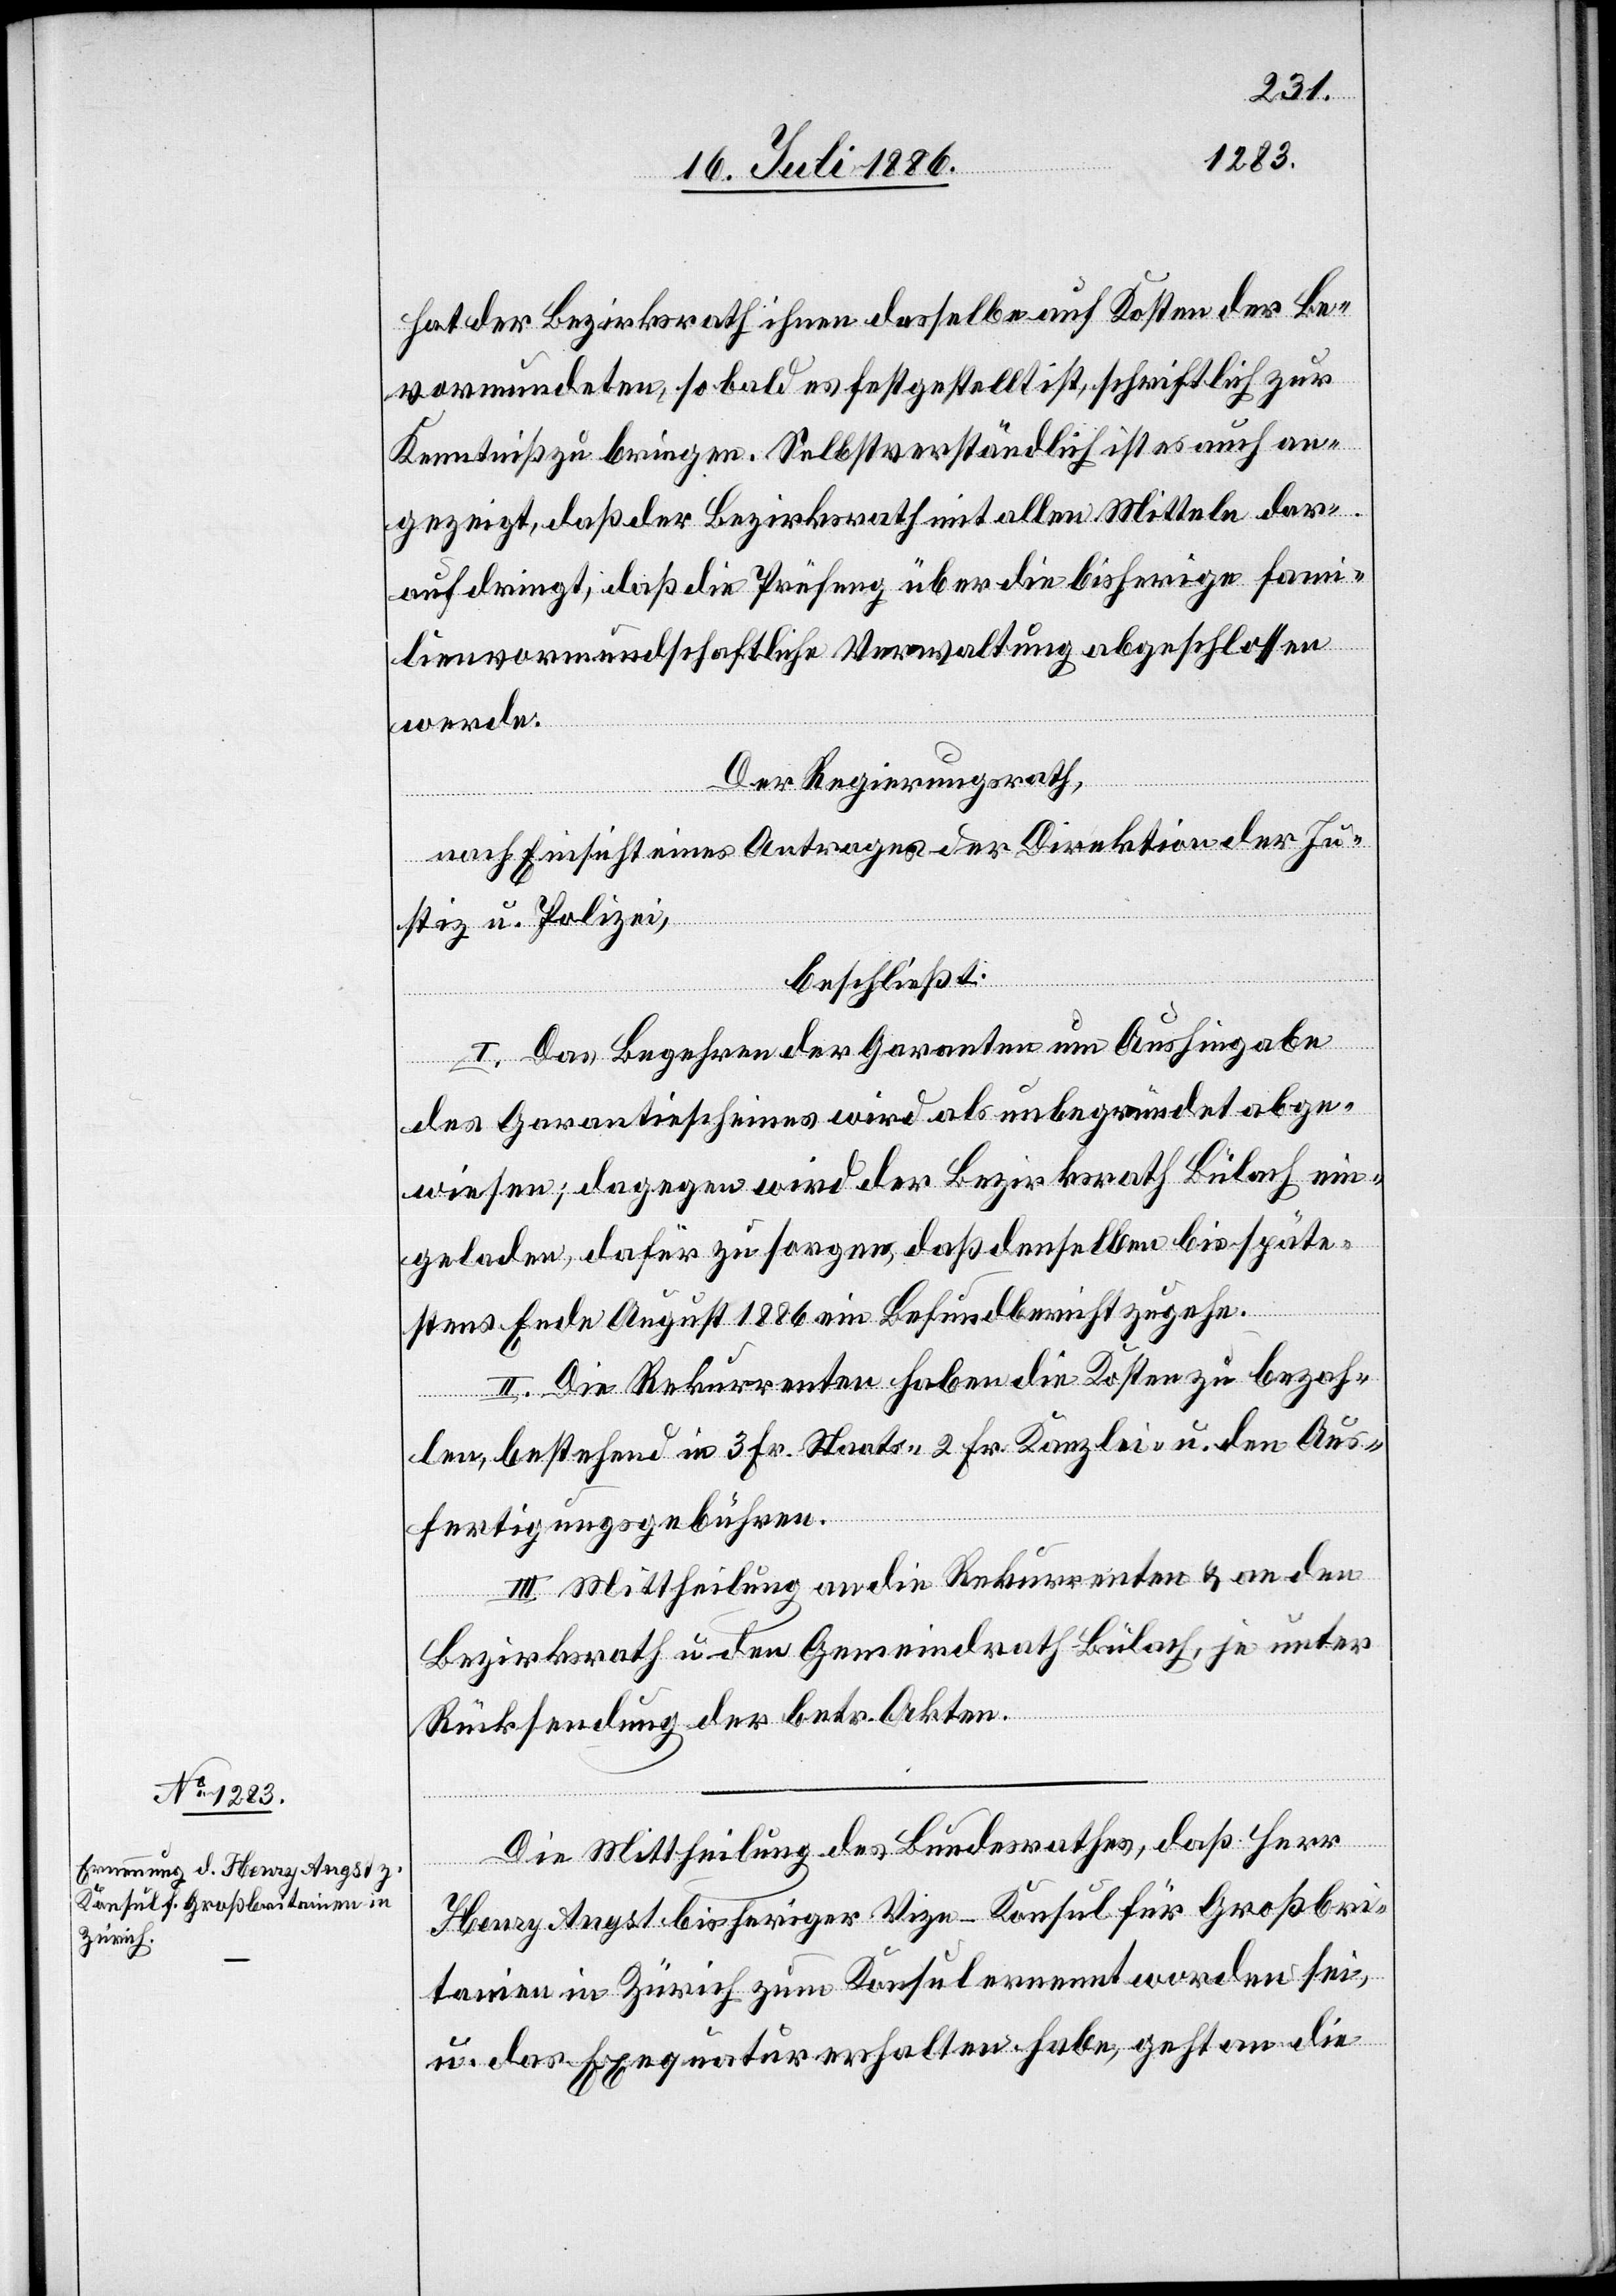
hat der Bezirksrath ihnen dasselbe auf Kosten der Be¬
vormundeten, sobald es festgestellt ist, schriftlich zur
Kenntniß zu bringen. Selbstverständlich ist es auch an¬
gezeigt, daß der Bezirksrath mit allen Mitteln dar¬
auf dringt, daß die Prüfung über die bisherige fam¬
ilienvormundschaftliche Verwaltung abgeschlossen
Der Regierungsrath,
nach Einsicht eines Antrages der Direktion der Ju¬
stiz u. Polizei,
beschließt:
I. Das Begehren der Garanten um Aushingabe
des Garantiescheines wird als unbegründet abge¬
wiesen; dagegen wird der Bezirksrath Bülach ein¬
geladen, dafür zu sorgen, daß denselben bis späte¬
stens Ende August 1886 ein Befundbericht zugehe.
II. Die Rekurrenten haben die Kosten zu bezah¬
len, bestehend in 3 Fr. Staats- 2 Fr. Kanzlei- u. den Aus¬
fertigungsgebühren.
III. Mittheilung an die Rekurrenten & an den
Bezirksrath u. den Gemeindrath Bülach, je unter
werde.
Rücksendung der betr. Akten.
Die Mittheilung des Bundesrathes, daß Herr
Henry Angst bisheriger Vize-Konsul für Großbri¬
tanien in Zürich zum Konsul ernannt worden sei,
u. das Exequatur erhalten habe, geht an die